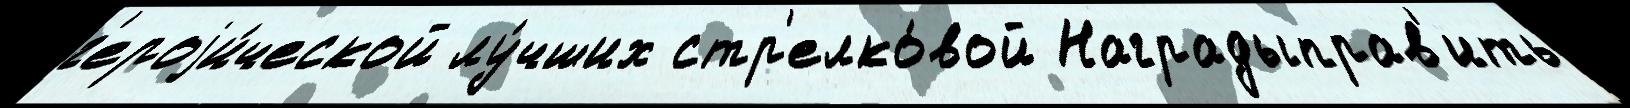
г'ероjи́ческой лу́чших стр'елко́вой Наградыправ'ить